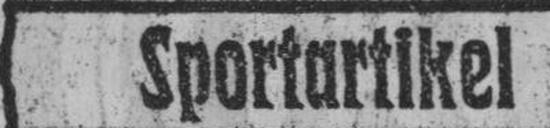
Sportartikel